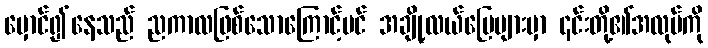
မှောင်၍နေသည် ညကာလဖြစ်သောကြောင့်ပင် အချို့လယ်မြေများမှာ ၎င်းတို့၏အလုပ်ကို